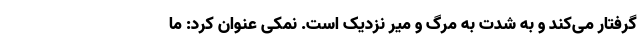
گرفتار می‌کند و به شدت به مرگ و میر نزدیک است. نمکی عنوان کرد: ما